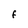
Character: F